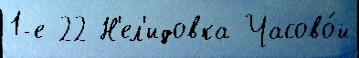
1-е 22 Н'ел'идовка Часово́й